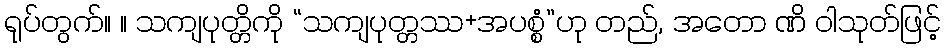
ရုပ်တွက်။ ။ သကျပုတ္တိကို “သကျပုတ္တဿ+အပစ္စံ”ဟု တည်, အတော ဏိ ဝါသုတ်ဖြင့်